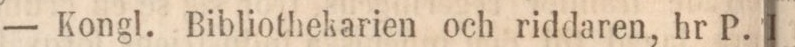
— Kongl. Bibliothekarien och riddaren, hr P.